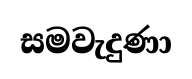
සමවැදුණා